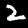
Label: 2